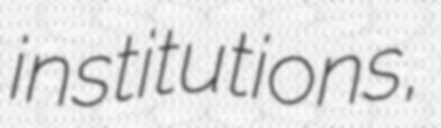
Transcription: institutions,